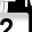
Digit: 2